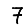
Digit: 7